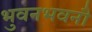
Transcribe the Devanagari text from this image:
भुवनभवनौ